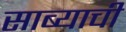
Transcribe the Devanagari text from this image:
साब्याची